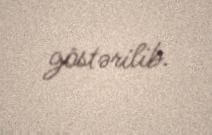
göstərilib.